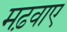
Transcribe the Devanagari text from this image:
मढ़वाए